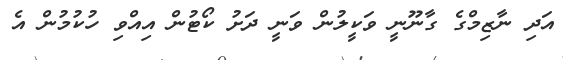
އަދި ނާޒިމްގެ ގާނޫނީ ވަކީލުން ވަނީ ދަށު ކޯޓުން އިއްވި ހުކުމުން އެ